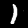
Label: 1